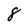
Character: 8